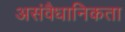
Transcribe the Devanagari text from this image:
असंवैधानिकता